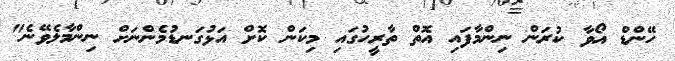
ހޭންޑް އޯވާ ކުރަން ނިންމާފައި އޮތް ތާރީހުގައި މިކަން ކޮށް އަޅުގަނޑުމެންނަށް ނިންމާލެވޭނެ"